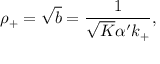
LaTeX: \rho _ { + } = \sqrt { b } = \frac { 1 } { \sqrt { K } \alpha ^ { \prime } k _ { + } } ,